Vaccination North-Western Provinces and Oudh 1878-1895 - 1878-1895
Year: 1878
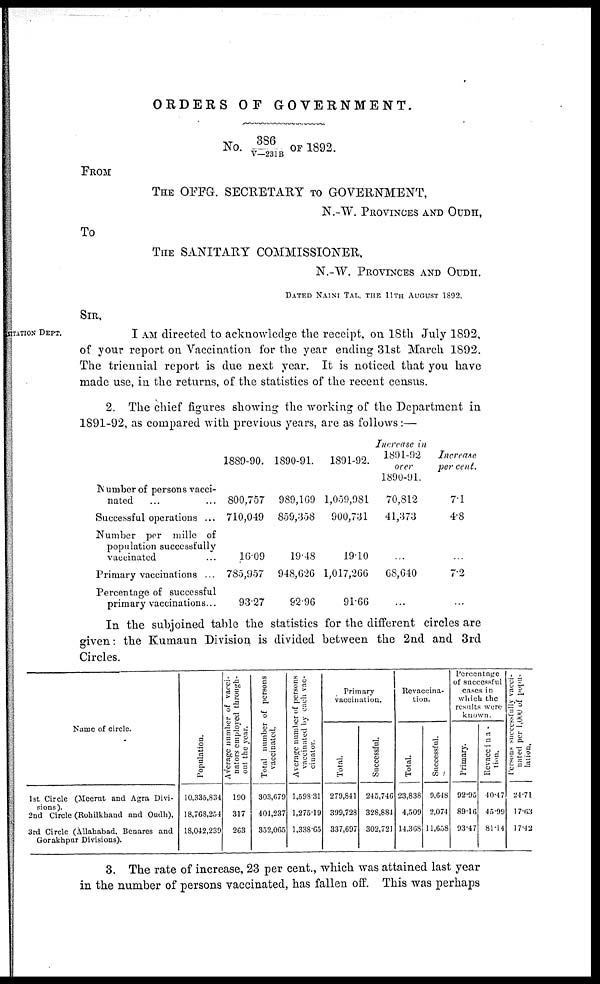
ORDERS OF GOVERNMENT.
No. 386/V-231B OF 1892.
FROM
THE OFFG. SECRETARY TO GOVERNMENT,
N.-W. Provinces and OUDH,
To
THE SANITARY COMMISSIONER,
N.-W. PROVINCES AND OUDH.
DATED NAINI TAL, THE 11TH AUGUST 1S92.
SIR,
SITATION DEPT.
I AM directed to acknowledge the receipt, on 18th July 1892,
of your report on Vaccination for the year ending 31st March 1892.
The triennial report is due next year. It is noticed that you have
made use, in the returns, of the statistics of the recent census.
2. The chief figures showing the working of the Department in
1891-92. as compared with previous years, are as follows—
Number of persons vacci-
nated ... ...
Successful operations ...
Number per mille of
population successfully
vaccinated ...
Primary vaccinations ...
Percentage of successful
primary vaccinations...
1889-90.
800,757
710,049
16.09
785,957
93.27
1890-91.
989,169
859,358
19.48
948,626
92.96
1891-92.
1,059,981
900,731
19.10
1,017,266
91.66
Increase in
1891-92
over
1890-91.
70,812
41,373
...
68,640
...
Increase
per cent.
7.1
4.8
...
7.2
...
In the subjoined table the statistics for the different circles are
given: the Kumaun Division is divided between the 2nd and 3rd
Circles.
Name of circle.
1st Circle (Meerut and Agra Divi-
sions).
2nd Circle (Rohilkhand and Oudh),
3rd Circle (Allahabad, Benares and
Gorakhpur Divisions).
Population.
10,335,834
18,768,254
18,042,239
Average number of vacci-
nators
employed through-
out the year.
190
317
263
Total number of persons
vaccinated.
303,679
404,237
352,065
Average number of persons
vaccinated by each vac-
cinator.
1,598.31
1,275.19
1,338.65
Primary
vaccination.
Total.
279,841
399,728
337,697
Successful.
245,746
328,884
302,721
Revaccina-
tion.
Total.
23,838
4,509
14,368
Successful.
9,648
2,074
11,658
Percentage
of successful
cases in
which the
results were
known.
Primary.
92.95
89.16
93.47
Revaccina-
tion.
40.47
45.99
81.14
Persons successfully vacci-
nated per 1,000 of popu-
lation.
24.71
17.63
17.42
3. The rate of increase, 23 per cent., which was attained last year
in the number of persons vaccinated, has fallen off. This was perhaps